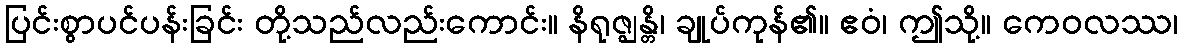
ပြင်းစွာပင်ပန်းခြင်း တို့သည်လည်းကောင်း။ နိရုဇ္ဈန္တိ၊ ချုပ်ကုန်၏။ ဧဝံ၊ ဤသို့။ ကေဝလဿ၊